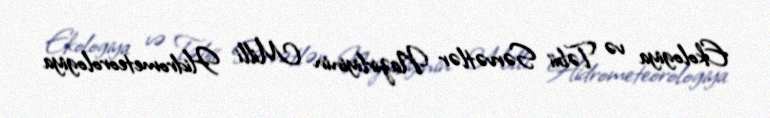
Ekologiya və Təbii Sərvətlər Nazirliyinin Milli Hidrometeorologiya